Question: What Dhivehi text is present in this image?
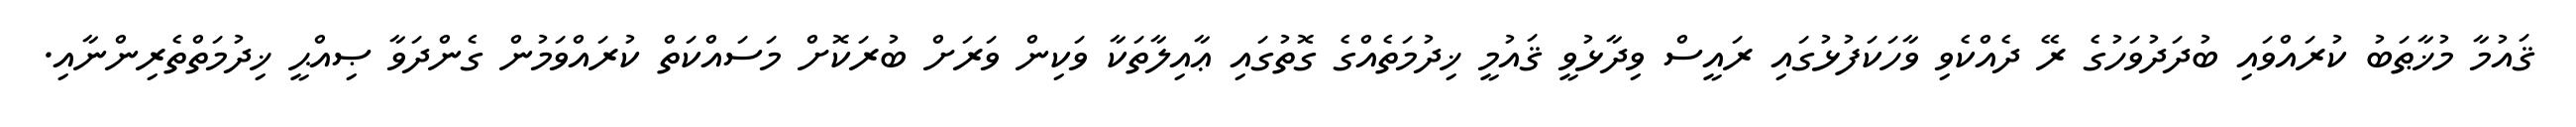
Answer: ޤައުމާ މުޚާޠަބު ކުރައްވައި ބުދަދުވަހުގެ ރޭ ދެއްކެވި ވާހަކަފުޅުގައި ރައީސް ވިދާޅުވީ ޤައުމީ ޚިދުމަތެއްގެ ގޮތުގައި ޢާއިލާތަކާ ވަކިން ވަރަށް ބުރަކޮށް މަސައްކަތް ކުރައްވަމުން ގެންދަވާ ޞިއްޙީ ޚިދުމަތްތެރިންނާއި.